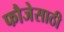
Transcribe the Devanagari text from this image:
फौजेसाठी